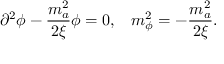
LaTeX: \partial ^ { 2 } \phi - { \frac { m _ { a } ^ { 2 } } { 2 \xi } } \phi = 0 , \; \; \; m _ { \phi } ^ { 2 } = - { \frac { m _ { a } ^ { 2 } } { 2 \xi } } .